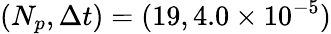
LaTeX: (N_{p},\Delta t)=(19,4.0\times 10^{-5})